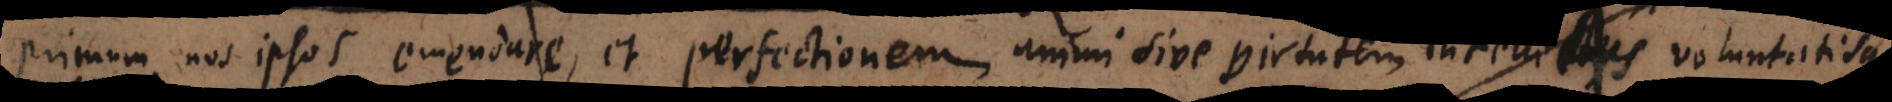
primum nos ipsos emendare, et perfectionem animi sive virtutem intellectus voluntatisque